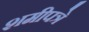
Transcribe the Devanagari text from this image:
शमीपत्रे